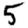
Digit: 5